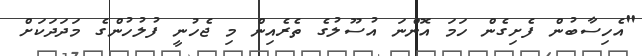
"އެހިސާބުން ފެށިގެން ހަމަ އޮންނަ އުސޫލުގެ ތެރެއިން މި ޖެހުނީ ފުލުހުންގެ މަދަދަކަށް